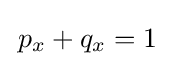
\,p_{x}+q_{x}=1